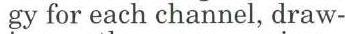
gy for each channel, draw-